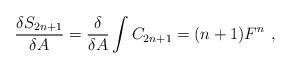
LaTeX: \begin{align*}\frac{\delta S_{2n+1}}{\delta A}=\frac{\delta}{\delta A}\int C_{2n+1}=(n+1)F^n \ ,\end{align*}